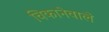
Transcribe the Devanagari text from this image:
चिकानेवाले